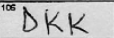
Transcription: DKK